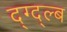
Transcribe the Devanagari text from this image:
द्ग्द्ल्ब